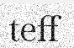
teff